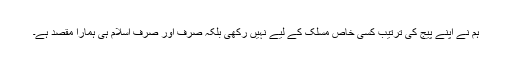
ہم نے اپنے پیج کی ترتیب کسی خاص مسلک کے لیے نہیں رکھی بلکہ صرف اور صرف اسلام ہی ہمارا مقصد ہے۔